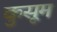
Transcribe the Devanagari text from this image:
कुसूम